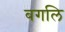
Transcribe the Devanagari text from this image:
बगलि